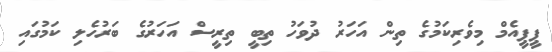
ޕީޕީއެމް މިވެރިކަމުގެ ތިން އަހަރު ދުވަހު ތިބީ ތިރީސް އަހަރުގެ ބަރުހެލި ކަމުގައި